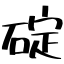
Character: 碇